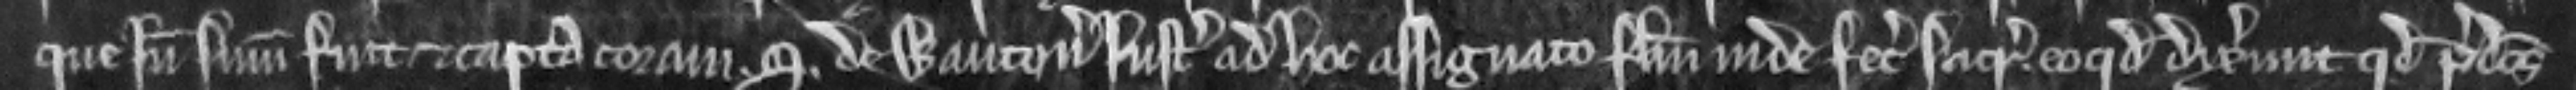
que inde summonita fuit et capta coram S. de Wauton justiciario ad hoc assignato falsum inde fecerunt sacramentum eo quod dixerunt quod predictus